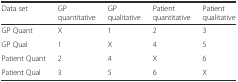
| Data set | GP quantitative | GP qualitative | Patient quantitative | Patient qualitative |
 | --- | --- | --- | --- | --- |
 | GP Quant | X | 1 | 2 | 3 |
 | GP Qual | 1 | X | 4 | 5 |
 | Patient Quant | 2 | 4 | X | 6 |
 | Patient Qual | 3 | 5 | 6 | X |